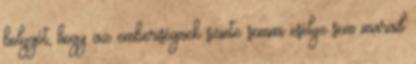
bolygót, hogy az emberiségnek szinte semmi esélye sem marad